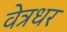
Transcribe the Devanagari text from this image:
वेत्रधर